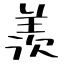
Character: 羨